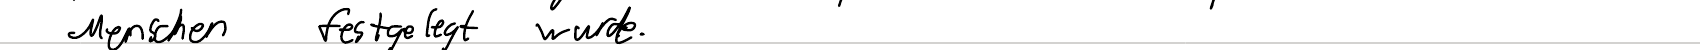
Menschen festgelegt wurde.